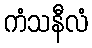
ကံသနီလံ